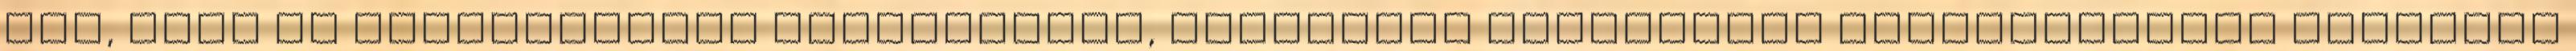
van, amit az egészségügyi intézmények, ügyeletek aggregátor beállításával hidalnak